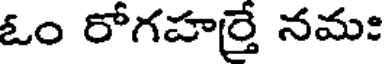
ఓం రోగహర్తే నమః